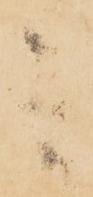
言